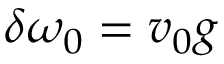
\delta \omega _ { 0 } = v _ { 0 } g